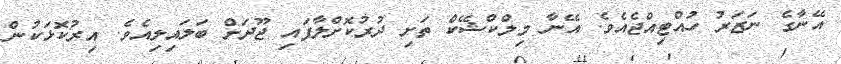
އޭނާގެ ނަޒަރު ހުއްޓިއްޖެއެވެ. އޭނާ މިލްކްޝޭކް ތަށި ދުރުކޮށްލާފައި ޖޫދަށް ބަލައިލިއެވެ. އިރުކޮޅަކުން